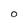
Character: o